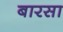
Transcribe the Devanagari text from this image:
बारसा